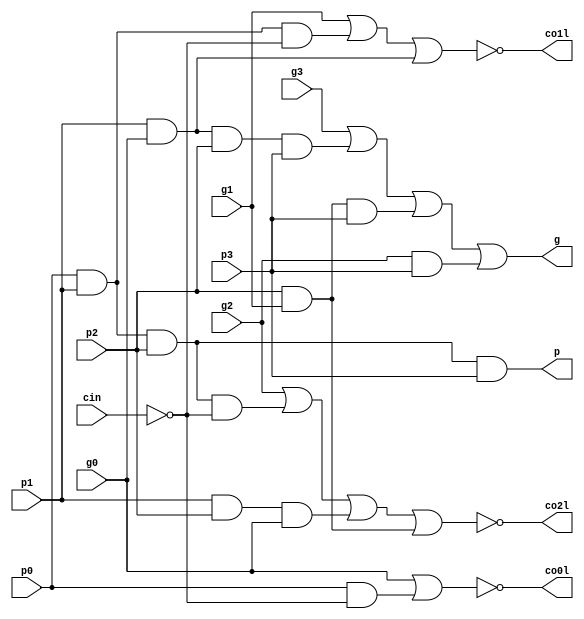
module cg4
(
	output	co0l,
	output	co1l,
	output	co2l,
	output	g,
	output	p,
	
	input		cin,
	input		g0,
	input		g1,
	input		g2,
	input		g3,
	input		p0,
	input		p1,
	input		p2,
	input		p3	
);

wire cinl;
wire co0t;
wire co1t0, co1t1;
wire co2t0, co2t1, co2t2;
wire gt0, gt1, gt2;

assign cinl = ~cin;

assign co0t = p0 & cinl;
assign co0l = ~(g0 | co0t);

assign co1t0 = p0 & p1 & cinl;
assign co1t1 = p1 & g0;
assign co1l = ~(g1 | co1t0 | co1t1);

assign co2t0 = p0 & p1 & p2 & cinl;
assign co2t1 = p1 & p2 & g0;
assign co2t2 = p2 & g1;
assign co2l = ~(g2 | co2t0 | co2t1 | co2t2);

assign p = p0 & p1 & p2 & p3;

assign gt0 = g0 & p1 & p2 & p3;
assign gt1 = g1 & p2 & p3;
assign gt2 = g2 & p3;
assign g = g3 | gt0 | gt1 | gt2;

endmodule